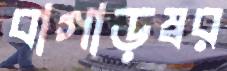
বাগাড়ম্বর